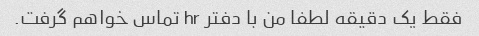
فقط یک دقیقه لطفا من با دفتر hr تماس خواهم گرفت.